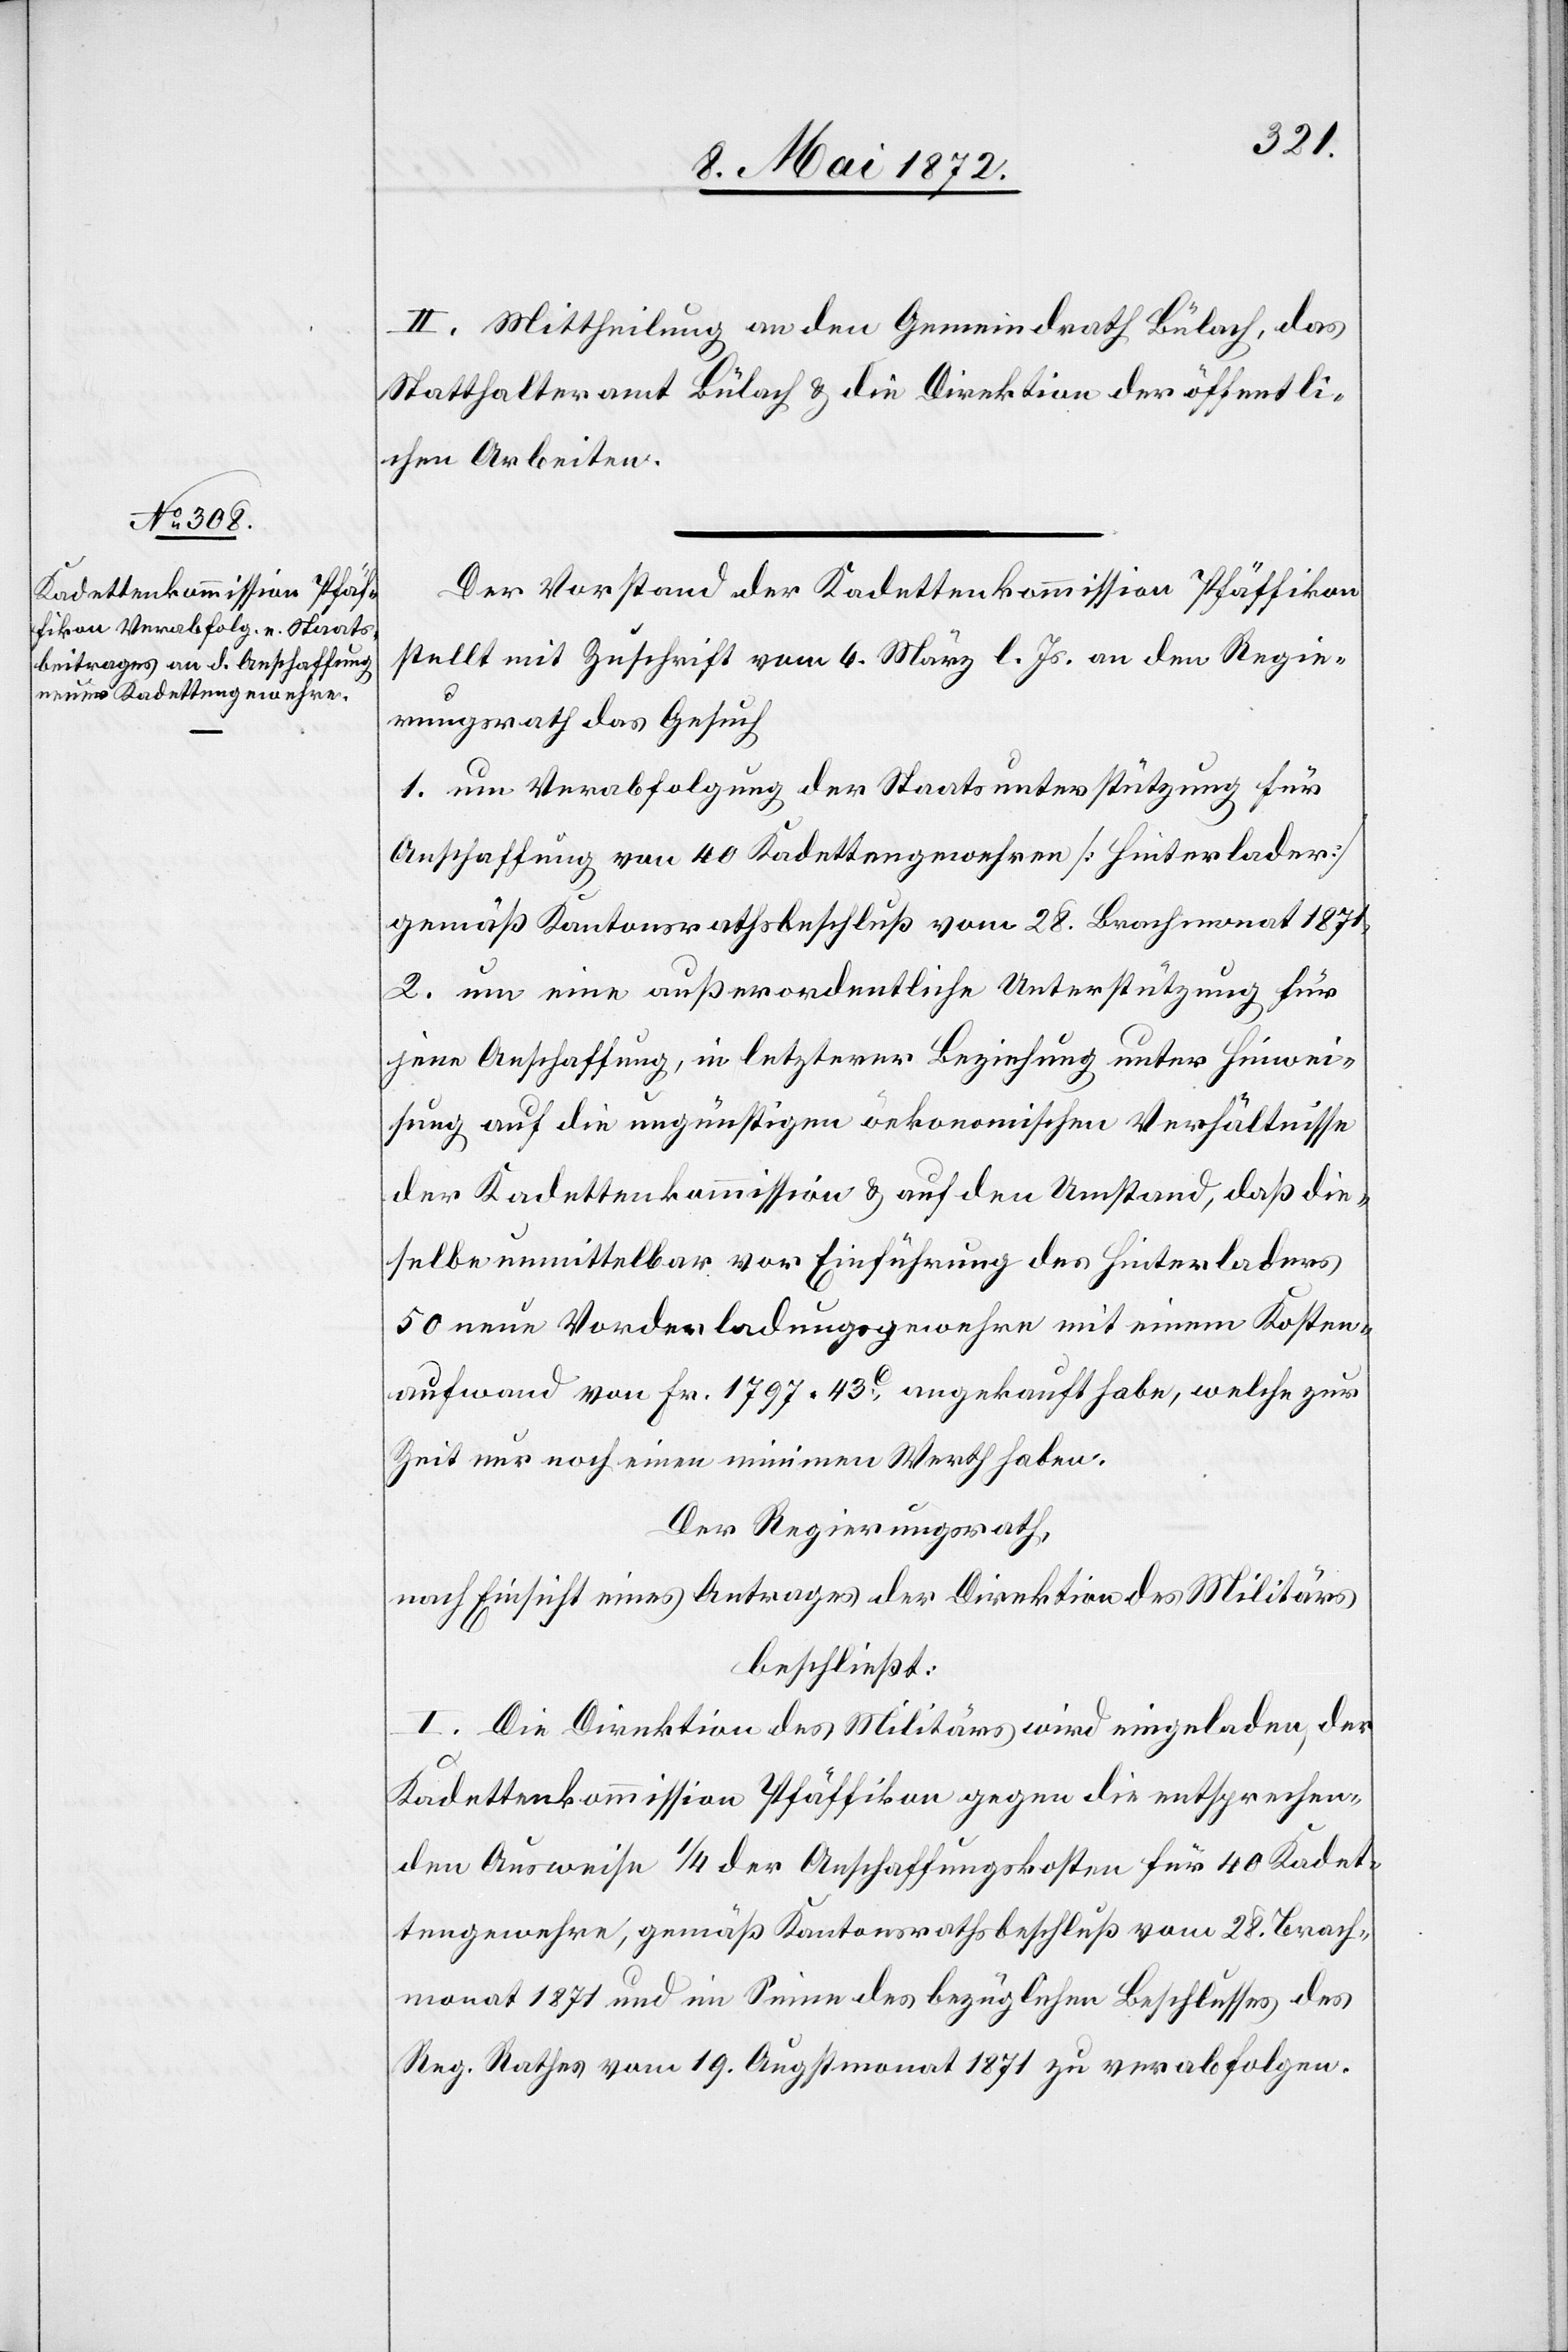
II. Mittheilung an den Gemeindrath Bülach, das
Statthalteramt Bülach u. die Direktion der öffentli¬
chen Arbeiten.
Der Vorstand der Kadettenkommission Pfäffikon
stellt mit Zuschrift vom 6. März l. Js. an den Regie¬
rungsrath das Gesuch
1. um Verabfolgung der Staatsunterstützung für
Anschaffung von 40 Kadettengewehren [Hinterlader]
gemäß Kantonsrathsbeschluß vom 28. Brachmonat 1871,
2. um eine außerordentliche Unterstützung für
jene Anschaffung, in letzterer Beziehung unter Hinwei¬
sung auf die ungünstigen öekonomischen Verhältnisse
der Kadettenkommission u. auf den Umstand, daß die¬
selbe unmittelbar vor Einführung des Hinterladers
50 neue Vorderladungsgewehre mit einem Kosten¬
aufwand von Fr. 1797 43c angekauft habe, welche zur
Zeit nur noch einen minimen Werth haben.
Der Regierungsrath,
nach Einsicht eines Antrages der Direktion des Militärs,
beschließt:
I. Die Direktion des Militärs wird eingeladen, der
Kadettenkommission Pfäffikon gegen die entsprechen¬
den Ausweise 1/4 der Anschaffungskosten für 40 Kadet¬
tengewehre, gemäß Kantonsrathsbeschluß vom 28. Brach¬
monat 1871 und im Sinne des bezüglichen Beschlusses des
Reg. Rathes vom 19. Augstmonat 1871 zu verabfolgen.